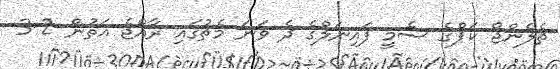
ޗެލެންޖް ކަޕްގެ ސެމީ ފައިނަލްގެ ދެ ވަނަ މެޗުގައި ރާއްޖެ އަތުން 2-3